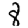
Digit: 8